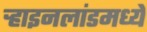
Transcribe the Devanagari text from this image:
र्‍हाइनलांडमध्ये